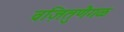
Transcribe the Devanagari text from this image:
वज़ितुणैगळ